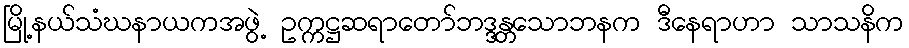
မြို့နယ်သံဃနာယကအဖွဲ့ ဥက္ကဋ္ဌဆရာတော်ဘဒ္ဒန္တသောဘနက ဒီနေရာဟာ သာသနိက